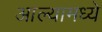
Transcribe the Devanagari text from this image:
आल्यामध्ये